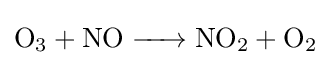
{\ce {O3 + NO -> NO2 + O2}}